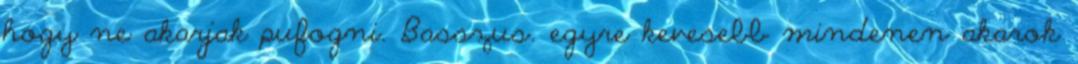
hogy ne akarjak pufogni. Basszus. egyre kevesebb mindenen akarok